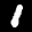
Label: 1